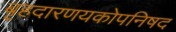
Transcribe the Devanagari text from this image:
बृहदारणयकोपनिषद